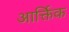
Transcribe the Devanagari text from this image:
आर्क्तिक